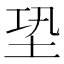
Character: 𡊼